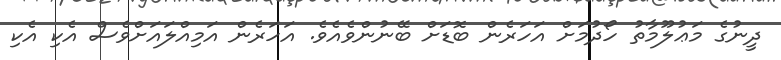
ދީނުގެ މަޢުލޫމާތު ހޯދުމަށް އަހަރެން ބޮޑަށް ބޭނުންވެއެވެ. އަހަރެން އަމިއްލައަށްވެސް އެކި އެކި